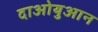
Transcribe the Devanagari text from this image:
दाओयुआन